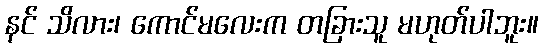
နင် သိလား၊ ကောင်မလေးက တခြားသူ မဟုတ်ပါဘူး။